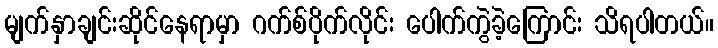
မျက်နှာချင်းဆိုင်နေရာမှာ ဂက်စ်ပိုက်လိုင်း ပေါက်ကွဲခဲ့ကြောင်း သိရပါတယ်။